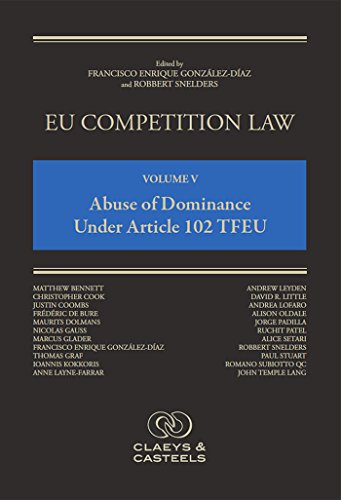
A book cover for EU Competition Law: Volume V, Abuse of Dominance Under Article 102 TFEU; Law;